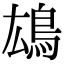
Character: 𩿅